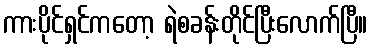
ကားပိုင်ရှင်ကတော့ ရဲစခန်းတိုင်ပြီးလောက်ပြီ။